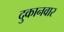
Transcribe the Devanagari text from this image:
दुकानवार